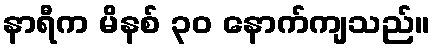
နာရီက မိနစ် ၃၀ နောက်ကျသည်။